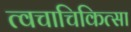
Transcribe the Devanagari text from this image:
त्वचाचिकित्सा